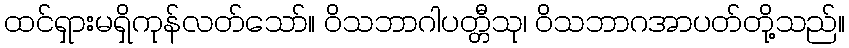
ထင်ရှားမရှိကုန်လတ်သော်။ ဝိသဘာဂါပတ္တီသု၊ ဝိသဘာဂအာပတ်တို့သည်။